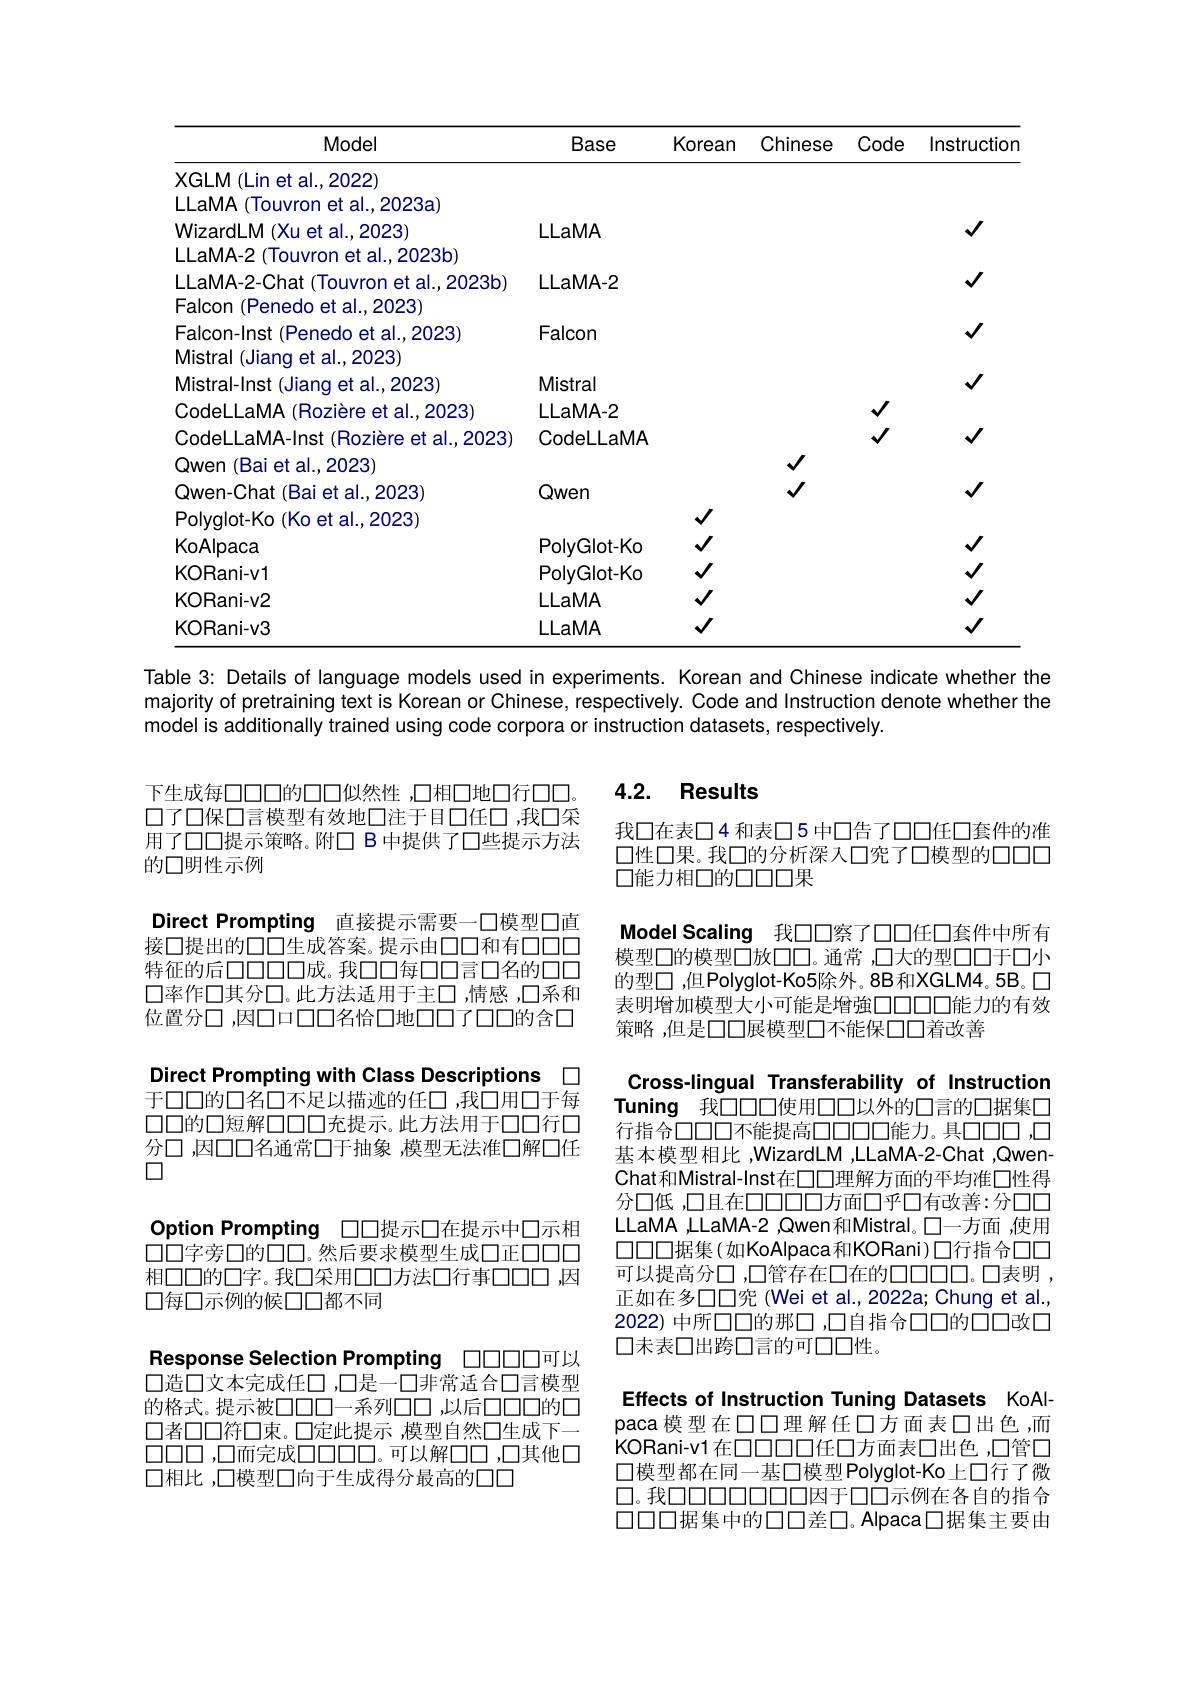
<table>
	<tbody>
		<tr>
			<th>Model</th>
			<th>Base</th>
			<th>Korean</th>
			<th>Chinese</th>
			<th>Code</th>
			<th>Instructior</th>
		</tr>
		<tr>
			<td>XGLM (Lin et al.,2022)</td>
			<td> </td>
			<td> </td>
			<td> </td>
			<td> </td>
			<td> </td>
		</tr>
		<tr>
			<td>LLaMA (Touvron et al.,2023a)</td>
			<td> </td>
			<td> </td>
			<td> </td>
			<td> </td>
			<td> </td>
		</tr>
		<tr>
			<td>WizardLM (Xu et al.,2023)</td>
			<td>LLaMA</td>
			<td> </td>
			<td> </td>
			<td> </td>
			<td>$\checkmark$</td>
		</tr>
		<tr>
			<td>LLaMA-2 (Touvron et al.,2023b)</td>
			<td> </td>
			<td> </td>
			<td> </td>
			<td> </td>
			<td> </td>
		</tr>
		<tr>
			<td>LLaMA-2-Chat (Touvron et al., 2023b)</td>
			<td>$LLaMA-2$</td>
			<td> </td>
			<td> </td>
			<td> </td>
			<td>$\checkmark$</td>
		</tr>
		<tr>
			<td>Falcon (Penedo et al.,2023)</td>
			<td> </td>
			<td> </td>
			<td> </td>
			<td> </td>
			<td> </td>
		</tr>
		<tr>
			<td>Falcon-Inst (Penedo et al.,2023)</td>
			<td>Falcon</td>
			<td> </td>
			<td> </td>
			<td> </td>
			<td>$\checkmark$</td>
		</tr>
		<tr>
			<td>Mistral (Jiang et al.,2023)</td>
			<td> </td>
			<td> </td>
			<td> </td>
			<td> </td>
			<td> </td>
		</tr>
		<tr>
			<td>Mistral-Inst (Jiang et al., 2023</td>
			<td>Mistral</td>
			<td> </td>
			<td> </td>
			<td> </td>
			<td>$√$</td>
		</tr>
		<tr>
			<td>CodeLLaMA (Rozière et al., 2023</td>
			<td>$LLaMA-2$</td>
			<td> </td>
			<td> </td>
			<td>$\sqrt{1}$</td>
			<td> </td>
		</tr>
		<tr>
			<td>CodeLLaMA-Inst (Rozière et al.,2023</td>
			<td>CodeLLaMA</td>
			<td> </td>
			<td> </td>
			<td>$\sqrt{1}$</td>
			<td>$√$</td>
		</tr>
		<tr>
			<td>Qwen (Bai et al.,2023)</td>
			<td> </td>
			<td> </td>
			<td>$\surd$</td>
			<td> </td>
			<td> </td>
		</tr>
		<tr>
			<td>Qwen-Chat (Bai et al.,2023]</td>
			<td>Qwen</td>
			<td> </td>
			<td>$\surd$</td>
			<td> </td>
			<td>$\checkmark$</td>
		</tr>
		<tr>
			<td>Polyglot-Ko(Ko et al.,2023)</td>
			<td> </td>
			<td>$\surd$</td>
			<td> </td>
			<td> </td>
			<td> </td>
		</tr>
		<tr>
			<td>KoAlpaca</td>
			<td>PolyGlot-Ko</td>
			<td>$\surd$</td>
			<td> </td>
			<td> </td>
			<td>$\checkmark$</td>
		</tr>
		<tr>
			<td>KORani-v1</td>
			<td>PolyGlot-Ko</td>
			<td>$\surd$</td>
			<td> </td>
			<td> </td>
			<td>$\checkmark$</td>
		</tr>
		<tr>
			<td>KORani-v2</td>
			<td>LLaMA</td>
			<td>$\surd$</td>
			<td> </td>
			<td> </td>
			<td>$\checkmark$</td>
		</tr>
		<tr>
			<td>KORani-v3</td>
			<td>LLaMA</td>
			<td>$\checkmark$</td>
			<td> </td>
			<td> </td>
			<td>$\checkmark$</td>
		</tr>
	</tbody>
</table>
Table 3: Details of language models used in experiments. Korean and Chinese indicate whether the

majority of pretraining text is Korean or Chinese, respectively. Code and Instruction denote whether the
model is additionally trained using code corpora or instruction datasets, respectively.

## 4.2. Results

我口在表口4 和表口5 中口告了口口任口套件的准口性口果。我口的分析深入口究了口模型的口口口口能力相口的口口口果

Direct Prompting 直接提示需要一口模型口直接口提出的口口生成答案。提示由口口和有口口口特征的后口口口口成。我口口每口口言口名的口口口率作口其分口。此方法适用于主口 ,情感 ,口系和位置分口 ,因口口口口名恰口地口口了口口的含口

Model Scaling 我口口察了口口任口套件中所有模型口的模型口放口口。通常 ,口大的型口口于口小的型口 ,但Polyglot-Ko5除外。8B和XGLM4。5B。口表明增加模型大小可能是增強口口口口能力的有效策略，但是口口展模型口不能保口口着改善

Direct Prompting with Class Descriptions $\square$ 于口口的口名口不足以描迹的任口 ,我口用口于每口口的口短解口口口充提示。此方法用于口口行口分口，因口口名通常口于抽象 ,模型无法准口解口任$\square$

下生成每口口口的口口似然性 ,口相口地口行口口。口了口保口言模型有效地口注于目口任口，我口采用了口口提示策略。附口 B 中提供了口些提示方法的口明性示例
Option Prompting 口口提示口在提示中口示相口口字旁口的口口。然后要求模型生成口正口口口相口口的口字。我口采用口口方法口行事口口口，因口每口示例的候口口都不同
Response Selection Prompting 口口口口可以口造口文本完成任口，口是一口非常适合口言模型的格式。提示被口口口一系列口口 ,以后口口口的口口者口口符口束。口定此提示 ,模型自然口生成下一$\square\square\square\square,\square$而完成口口口口。可以解口口，口其他口口相比 ,口模型口向于生成得分最高的口口

Cross-lingual Transferability of Instruction Tuning 我$\tilde{\square\square\square\square}$使用口口以外的口言的口据集口行指合口口口不能提高口口口口能力。具口口口，口基本模型相比 ,WizardLM ,LLaMA-2-Chat ,QwenChat和Mistral-Inst在口口理解方面的平均准口性得分口低 ,口且在口口口口方面口乎口有改善：分口口LLaMA ,LLaMA-2 ,Qwen和Mistral。口一方面 ,使用口口口口据集(如KoAlpaca和KORani)口行指合口口可以提高分口 ,口管存在口在的口口口口。口表明 , 正如在多口口究(Wei et al.,2022a; Chung et al., 2022) 中所口口的那□ ,口自指合口口的口口改口口未表口出跨口言的可口口性。

Effects of Instruction Tuning Datasets KoAlpaca 模型在口口理解任口方面表口出色，而KORani-v1在口口口口任口方面表口出色，口管口口模型都在同一基口模型 Polyglot-Ko 上口行了微口。我口口口口口口口因于口口示例在各自的指合口口口据集中的口口差口。AIpaca口据集主要由